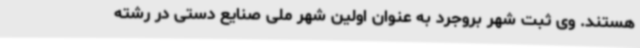
هستند. وی ثبت شهر بروجرد به عنوان اولین شهر ملی صنایع دستی در رشته